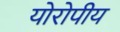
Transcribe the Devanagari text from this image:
योरोपीय